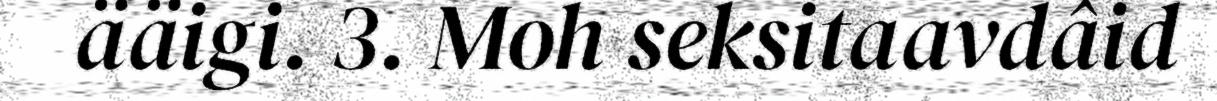
ääigi. 3. Moh seksitaavdâid